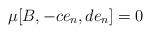
LaTeX: \begin{align*}\mu [B, -c e_n, d e_n] = 0\end{align*}